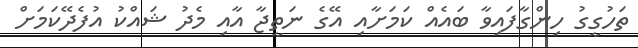
ތަހުގީގު ހިންގާފައިވާ ބައެއް ކަމަށާއި އޭގެ ނަތީޖާ އާއި މެދު ޝައްކު އުފެދޭކަމަށް